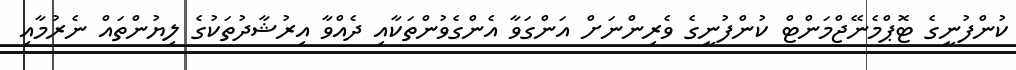
ކުންފުނީގެ ޓޮޕްމެނޭޖްމަންޓް ކުންފުނީގެ ވެރިންނަށް އަންގަވާ އެންގެވުންތަކާއި ދެއްވާ އިރުޝާދުތަކުގެ ލިޔުންތައް ނެރުމާއި